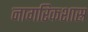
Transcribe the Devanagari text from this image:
नागरिकशास्र